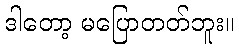
ဒါတော့ မပြောတတ်ဘူး။